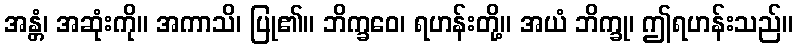
အန္တံ၊ အဆုံးကို။ အကာသိ၊ ပြု၏။ ဘိက္ခဝေ၊ ရဟန်းတို့။ အယံ ဘိက္ခု၊ ဤရဟန်းသည်။